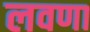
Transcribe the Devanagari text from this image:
लवणा